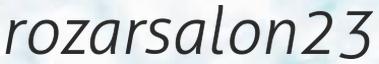
rozarsalon23